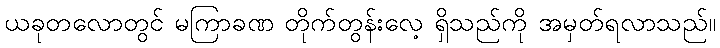
ယခုတလောတွင် မကြာခဏ တိုက်တွန်းလေ့ ရှိသည်ကို အမှတ်ရလာသည်။